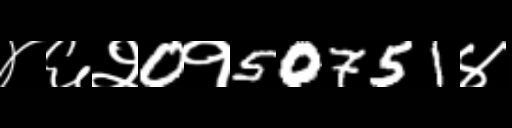
Text: ४६२0१50751४